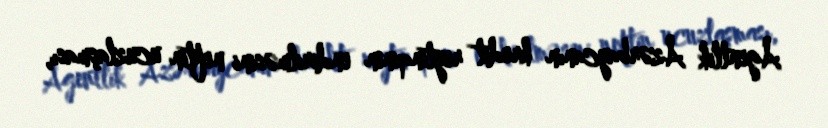
Agentlik Azərbaycanın kredit reytinqinin endirilməsini neftin ucuzlaşması,